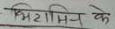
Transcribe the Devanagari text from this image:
विटामिन के